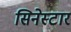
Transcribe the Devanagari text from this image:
सिनेस्टार